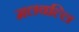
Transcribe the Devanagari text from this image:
मलवल्लि